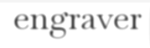
engraver